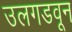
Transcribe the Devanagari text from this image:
उलगडवून